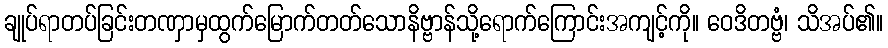
ချုပ်ရာတပ်ခြင်းတဏှာမှထွက်မြောက်တတ်သောနိဗ္ဗာန်သို့ရောက်ကြောင်းအကျင့်ကို။ ဝေဒိတဗ္ဗံ၊ သိအပ်၏။